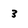
Character: 3